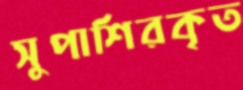
সুপাশিরকৃত